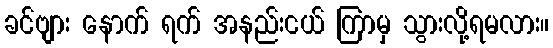
ခင်ဗျား နောက် ရက် အနည်းငယ် ကြာမှ သွားလို့ရမလား။